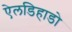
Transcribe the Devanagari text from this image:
ऐलडिहाडो